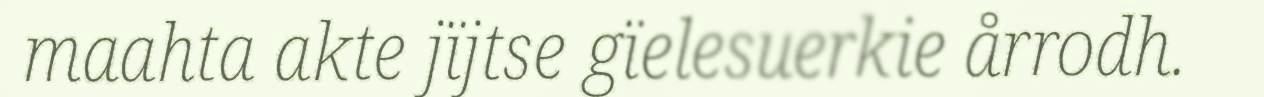
maahta akte jïjtse gïelesuerkie årrodh.